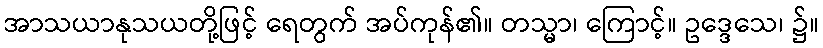
အာသယာနုသယတို့ဖြင့် ရေတွက် အပ်ကုန်၏။ တသ္မာ၊ ကြောင့်။ ဥဒ္ဒေသေ၊ ၌။